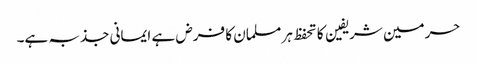
حرمین شریفین کا تحفظ ہر مسلمان کا فرض ہے ایمانی جذبہ ہے۔